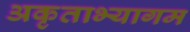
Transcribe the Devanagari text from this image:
अकृताभ्यागम